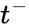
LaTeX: t^{-}